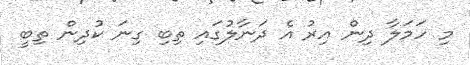
މި ހަމަލާ ދިން އިރު އެ ދަނާލުގައި ތިބި ގިނަ ކުދިން ތިބީ